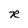
Character: R